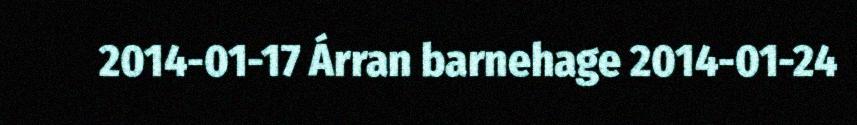
2014-01-17 Árran barnehage 2014-01-24